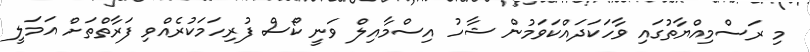
މި ރަސްމިއްޔާތުގައި ވާހަކަދައްކަވަމުން ޝާހު އިސްމާއިލް ވަނީ ކޯސް ފުރިހަމަކުރެއްވި ފަރާތްތަށް އަމަލީ